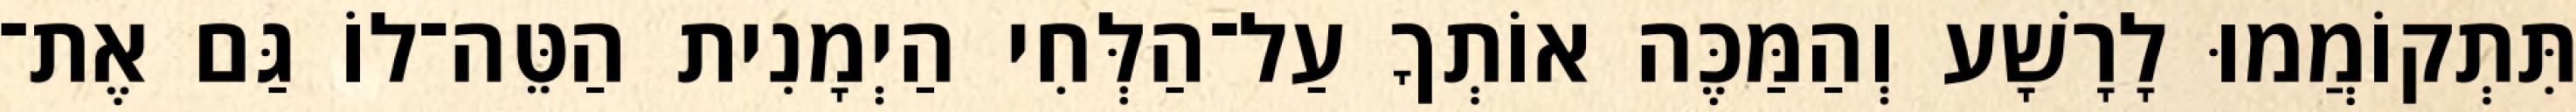
תִּתְקוֹמֲמוּ לָרָשָׁע וְהַמַּכֶּה אוֹתְךָ עַל־הַלְּחִי הַיְמָנִית הַטֵּה־לוֹ גַּם אֶת־